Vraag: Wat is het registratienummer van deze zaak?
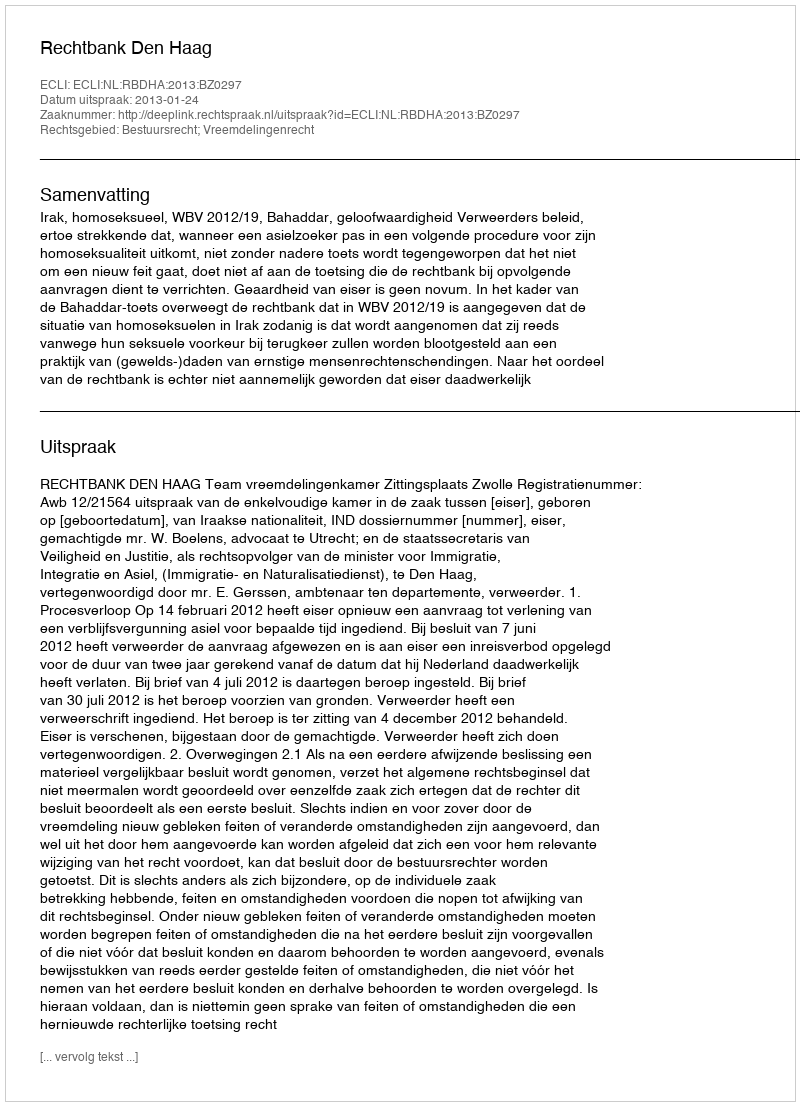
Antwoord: http://deeplink.rechtspraak.nl/uitspraak?id=ECLI:NL:RBDHA:2013:BZ0297